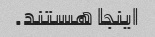
اینجا هستند.